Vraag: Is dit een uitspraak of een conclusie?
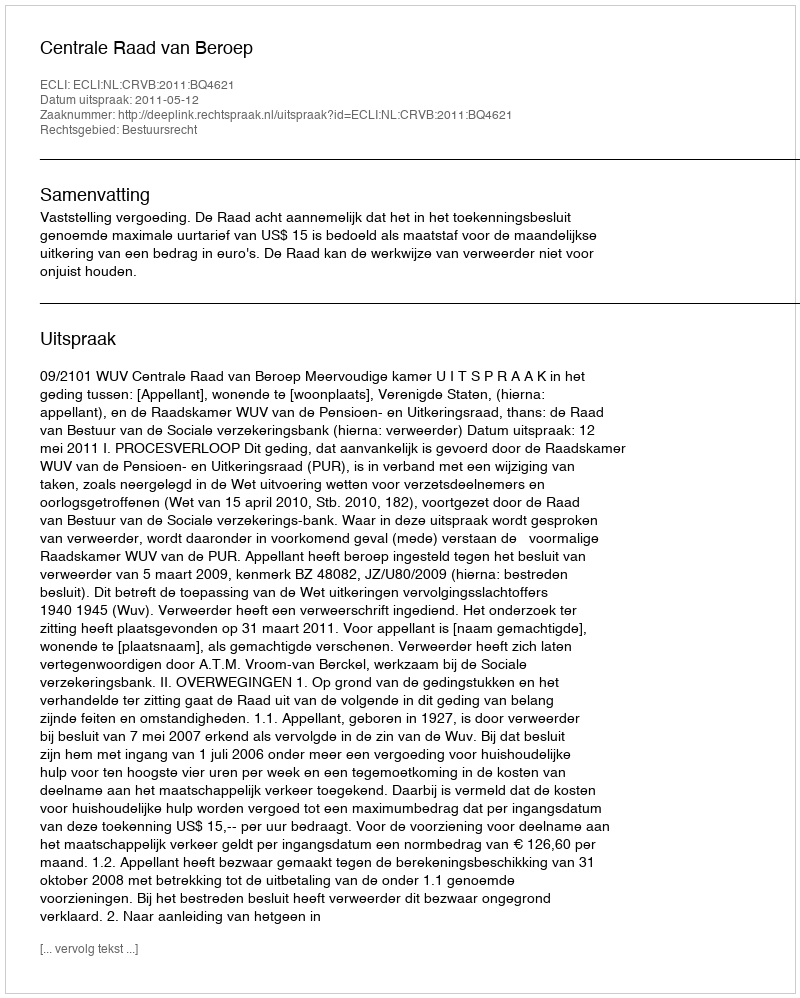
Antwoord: Uitspraak